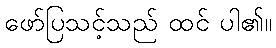
ဖော်ပြသင့်သည် ထင် ပါ၏။